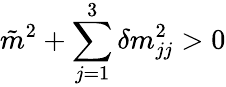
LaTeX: \tilde{m}^{2}+\sum_{j=1}^{3}\delta m_{jj}^{2}>0